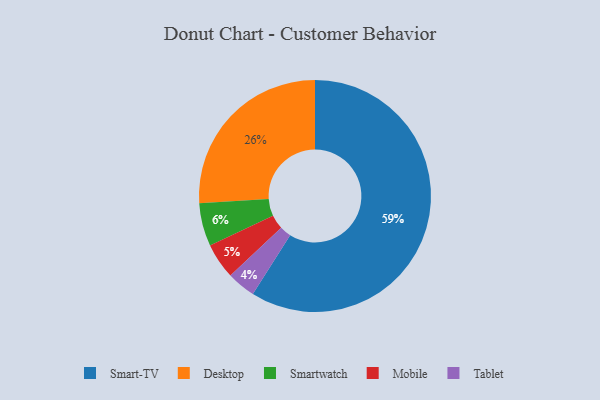
{"axis": {"x": "Category", "y": "Percentage"}, "legend": ["Desktop", "Mobile", "Smart-TV", "Smartwatch", "Tablet"], "data": [{"x": "Tablet", "y": 4, "type": "Tablet"}, {"x": "Smart-TV", "y": 59, "type": "Smart-TV"}, {"x": "Desktop", "y": 26, "type": "Desktop"}, {"x": "Smartwatch", "y": 6, "type": "Smartwatch"}, {"x": "Mobile", "y": 5, "type": "Mobile"}]}